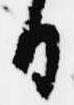
日